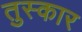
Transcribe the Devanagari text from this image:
तुस्कार